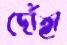
দোঁহা